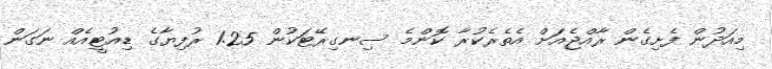
މިއަދުން ފެށިގެން ރާއްޖެއަށް އެތެރެކުރާ ކޮންމެ ސިނގިރޭޓަކުން 1.25 ރުފިޔާގެ ޑިއުޓީއެއް ނަގަން